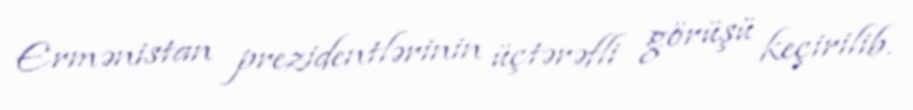
Ermənistan prezidentlərinin üçtərəfli görüşü keçirilib.